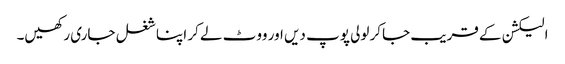
الیکشن کے قریب جاکر لولی پوپ دیں اور ووٹ لے کر اپنا شغل جاری رکھیں۔